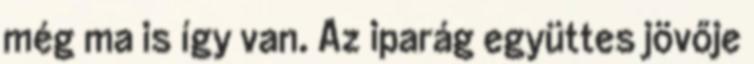
még ma is így van. Az iparág együttes jövője